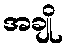
အချို